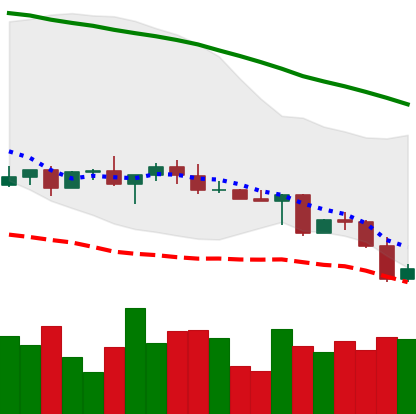
Ticker: LINK-USD
Chart end date: 2022-05-01
Forward return: -4.528%
Label: down_3_5